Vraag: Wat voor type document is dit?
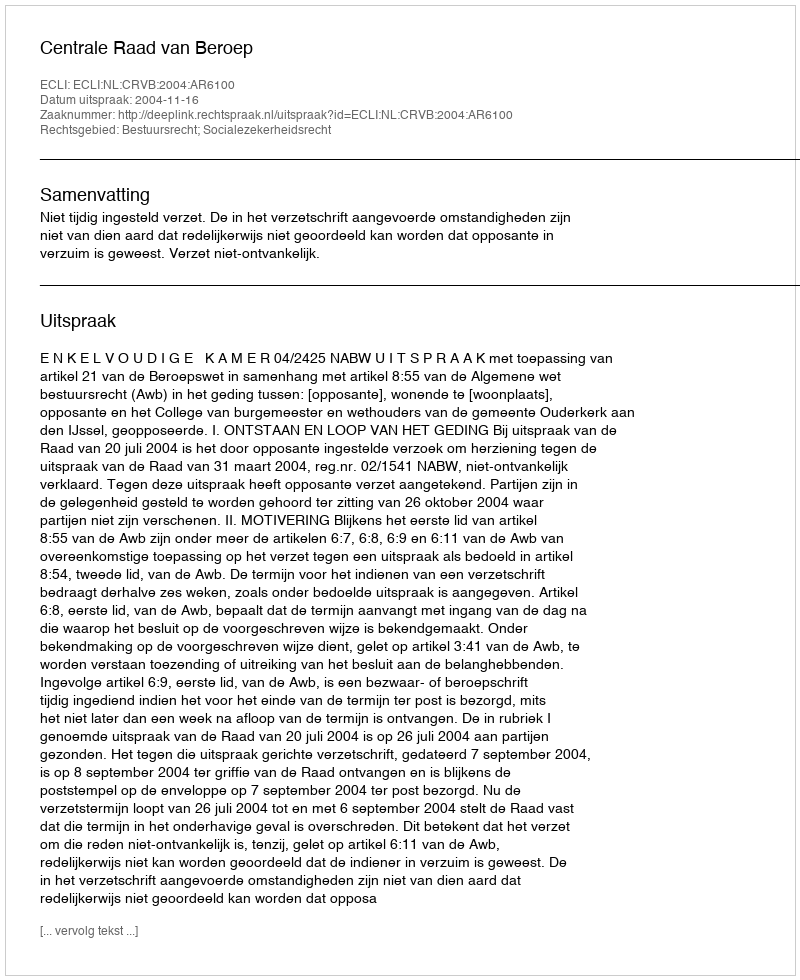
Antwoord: Uitspraak